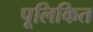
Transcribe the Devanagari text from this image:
पूलिकित